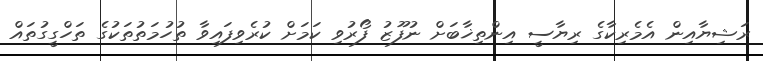
ރަޝިޔާއިން އެމެރިކާގެ ރިޔާސީ އިންތިޚާބަށް ނުފޫޒު ފޯރުވި ކަމަށް ކުރެވިފައިވާ ތުހުމަތުތަކުގެ ތަހްގީގުތައް